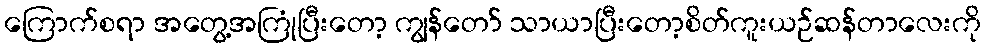
ကြောက်စရာ အတွေ့အကြုံပြီးတော့ ကျွန်တော် သာယာပြီးတော့စိတ်ကူးယဉ်ဆန်တာလေးကို